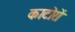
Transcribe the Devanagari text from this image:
काटोरों